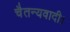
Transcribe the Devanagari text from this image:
चैतन्यवादी।